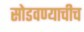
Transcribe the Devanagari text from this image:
सोडवण्याचीच